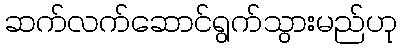
ဆက်လက်ဆောင်ရွက်သွားမည်ဟု